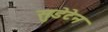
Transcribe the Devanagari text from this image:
सुडेटेन